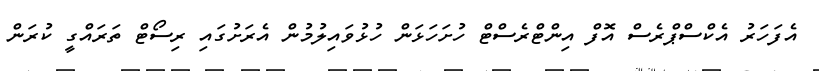
އެފަހަރު އެކްސްޕްރެސް އޮފް އިންޓްރެސްޓް ހުށަހަޅަން ހުޅުވައިލުމުން އެރަށުގައި ރިސޯޓް ތަރައްގީ ކުރަން